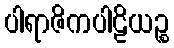
ပါရာဇိကပါဠိယဉ္စ